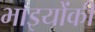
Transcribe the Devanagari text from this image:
भाइयोंकी